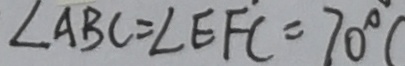
\angle A B C = \angle E F C = 7 0 ^ { \circ } (